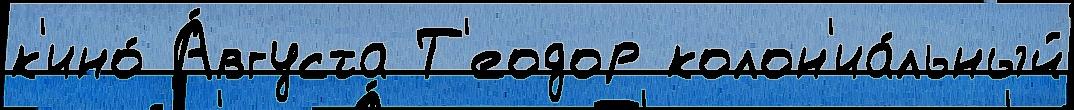
к'ино́ А́вгуста Т'еодор колон'иа́льный